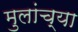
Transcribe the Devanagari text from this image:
मुलांच्‍या